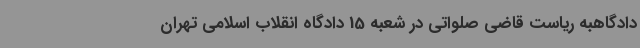
دادگاهبه ریاست قاضی صلواتی در شعبه 15 دادگاه انقلاب اسلامی تهران